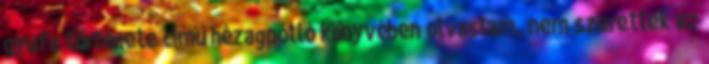
gyufa története című hézagpótló könyvében olvastam, nem szerettek az